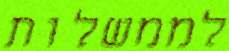
לממשלות